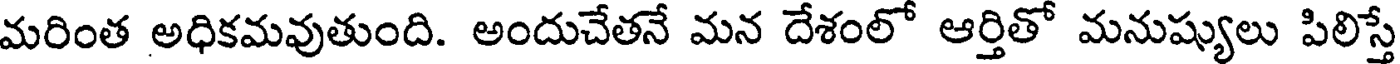
మరింత అధికమవుతుంది. అందుచేతనే మన దేశంలో ఆర్తితో మనుష్యులు పిలిస్తే